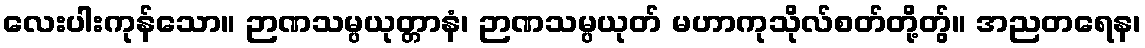
လေးပါးကုန်သော။ ဉာဏသမ္ပယုတ္တာနံ၊ ဉာဏသမ္ပယုတ် မဟာကုသိုလ်စတ်တို့တွ်။ အညတရေန၊